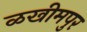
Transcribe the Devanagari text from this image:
ळखीमपुर